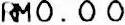
RM0.00